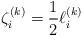
LaTeX: \begin{align*} \zeta_i^{(k)} = \frac{1}{2} \ell_i^{(k)}\end{align*}